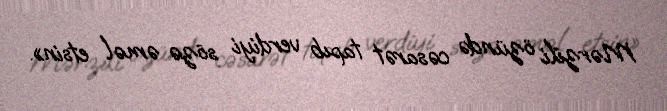
Mərzili özündə cəsarət tapıb verdiyi sözə əməl etsin».